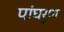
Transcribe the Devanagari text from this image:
पांघरुण